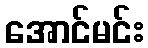
အောင်မင်း